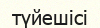
түйешісі